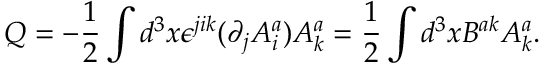
Q = - \frac { 1 } { 2 } \int d ^ { 3 } x \epsilon ^ { j i k } ( \partial _ { j } A _ { i } ^ { a } ) A _ { k } ^ { a } = \frac { 1 } { 2 } \int d ^ { 3 } x B ^ { a k } A _ { k } ^ { a } .